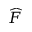
\widehat F